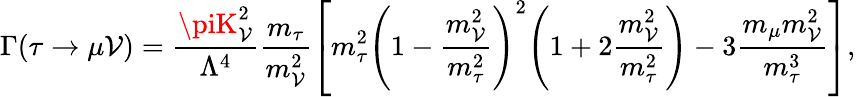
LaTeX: \Gamma(\tau\rightarrow\mu\mathcal{V})=\frac{{\piK_{\mathcal{V}}^{2}}}{{\Lambda^{4}}}\frac{{m_{\tau}}}{{m_{\mathcal{V}}^{2}}}\left[m_{\tau}^{2}{\left(1-\frac{{m_{\mathcal{V}}^{2}}}{{m_{\tau}^{2}}}\right)}^{2}{\left(1+2\frac{{m_{\mathcal{V}}^{2}}}{{m_{\tau}^{2}}}\right)}-3\frac{{m_{\mu}m_{\mathcal{V}}^{2}}}{{m_{\tau}^{3}}}\right],